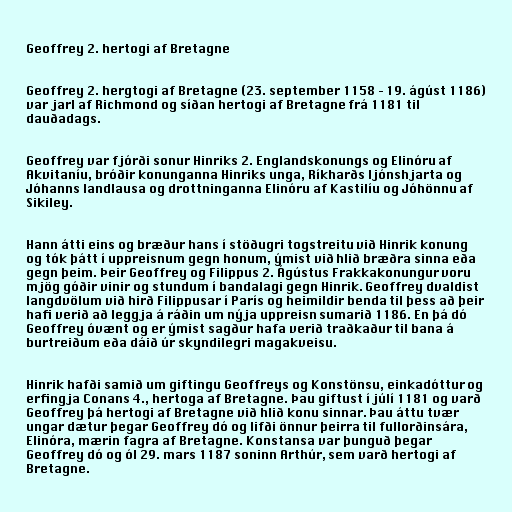
Geoffrey 2. hertogi af Bretagne

Geoffrey 2. hergtogi af Bretagne (23. september 1158 – 19. ágúst 1186)
var jarl af Richmond og síðan hertogi af Bretagne frá 1181 til
dauðadags.

Geoffrey var fjórði sonur Hinriks 2. Englandskonungs og Elinóru af
Akvitaníu, bróðir konunganna Hinriks unga, Ríkharðs ljónshjarta og
Jóhanns landlausa og drottninganna Elinóru af Kastilíu og Jóhönnu af
Sikiley.

Hann átti eins og bræður hans í stöðugri togstreitu við Hinrik konung
og tók þátt í uppreisnum gegn honum, ýmist við hlið bræðra sinna eða
gegn þeim. Þeir Geoffrey og Filippus 2. Ágústus Frakkakonungur voru
mjög góðir vinir og stundum í bandalagi gegn Hinrik. Geoffrey dvaldist
langdvölum við hirð Filippusar í París og heimildir benda til þess að þeir
hafi verið að leggja á ráðin um nýja uppreisn sumarið 1186. En þá dó
Geoffrey óvænt og er ýmist sagður hafa verið traðkaður til bana á
burtreiðum eða dáið úr skyndilegri magakveisu.

Hinrik hafði samið um giftingu Geoffreys og Konstönsu, einkadóttur og
erfingja Conans 4., hertoga af Bretagne. Þau giftust í júlí 1181 og varð
Geoffrey þá hertogi af Bretagne við hlið konu sinnar. Þau áttu tvær
ungar dætur þegar Geoffrey dó og lifði önnur þeirra til fullorðinsára,
Elinóra, mærin fagra af Bretagne. Konstansa var þunguð þegar
Geoffrey dó og ól 29. mars 1187 soninn Arthúr, sem varð hertogi af
Bretagne.